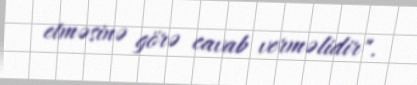
etməsinə görə cavab verməlidir".